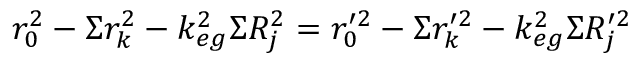
r _ { 0 } ^ { 2 } - \Sigma r _ { k } ^ { 2 } - k _ { e g } ^ { 2 } \Sigma R _ { j } ^ { 2 } = r _ { 0 } ^ { \prime 2 } - \Sigma r _ { k } ^ { \prime 2 } - k _ { e g } ^ { 2 } \Sigma R _ { j } ^ { \prime 2 }